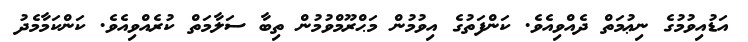
އަޑުއިވުމުގެ ނިޢުމަތް ދެއްވިއެވެ. ކަންފަތުގެ އިވުމުން މަޙްރޫމްވުމުން ތިބާ ސަލާމަތް ކުރެއްވިއެވެ. ކަންކަމާމެދު